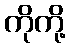
ကိုကို့